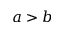
a > b